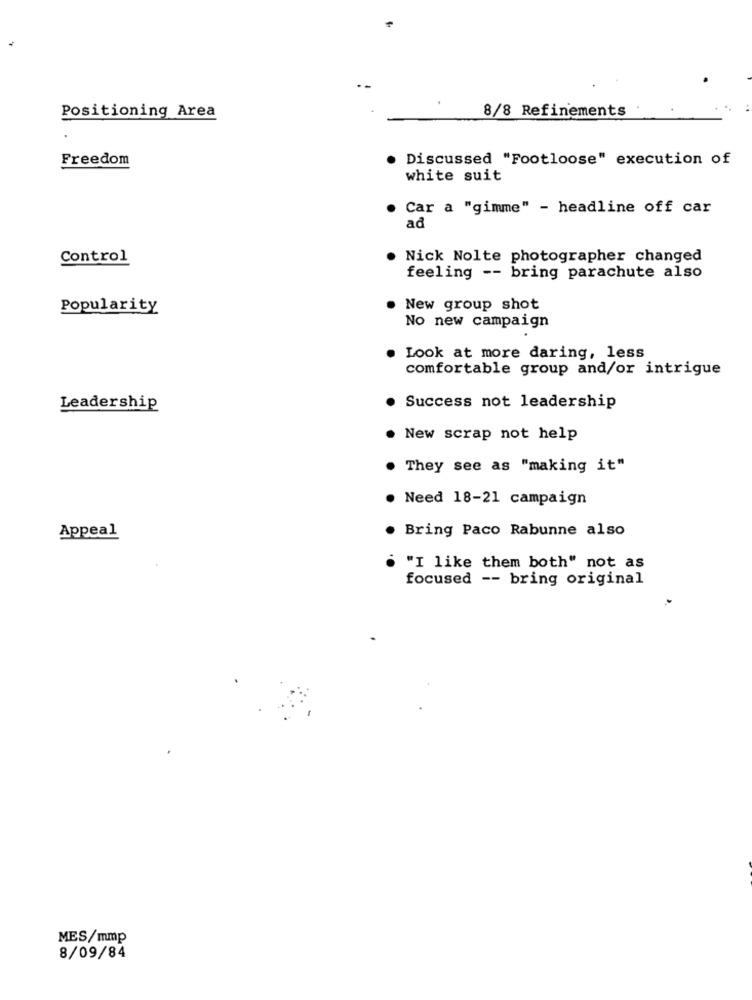
Positioning Area
8/8 Refinements
Freedom
Discussed "Footloose" execution of
white suit
Car a "gimme" - headline off car
ad
Control
Nick Nolte photographer changed
feeling -- bring parachute also
Popularity
. New group shot
No new campaign
Look at more daring, less
comfortable group and/or intrigue
Leadership
Success not leadership
New scrap not help
They see as "making it"
Need 18-21 campaign
Appeal
Bring Paco Rabunne also
"I like them both" not as
focused -- bring original
MES/mmp
8/09/84